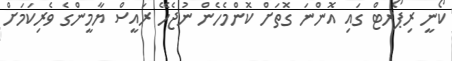
ކޯނީ ރިޕޯރޓް ގައި އޮންނަ ގޮތަށް ކޮންމެހެން ނުޖެހޭ ރައީސް ޔާމީންގެ ވެރިކަމަށް